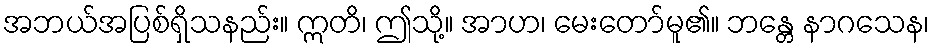
အဘယ်အပြစ်ရှိသနည်း။ ဣတိ၊ ဤသို့။ အာဟ၊ မေးတော်မူ၏။ ဘန္တေ နာဂသေန၊